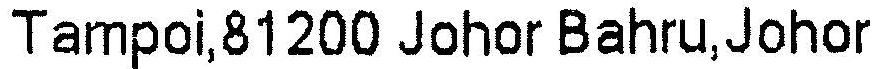
TAMPOI,81200 JOHOR BAHRU,JOHOR